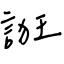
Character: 誑